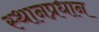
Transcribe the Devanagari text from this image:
स्थानप्रधान